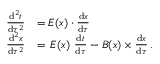
\begin{array} { r l } { \frac { \mathrm { d } ^ { 2 } t } { \mathrm { d } \tau ^ { 2 } } } & { = E ( x ) \cdot \frac { \mathrm { d } { x } } { \mathrm { d } \tau } } \\ { \frac { \mathrm { d } ^ { 2 } x } { \mathrm { d } \tau ^ { 2 } } } & { = \, E ( x ) \ \frac { \mathrm { d } t } { \mathrm { d } \tau } - B ( x ) \times \frac { \mathrm { d } { x } } { \mathrm { d } \tau } \, . } \end{array}